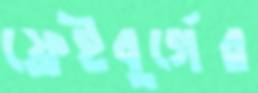
ফ্রেইবুর্গের